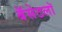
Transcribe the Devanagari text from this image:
बॅसेटलॉ